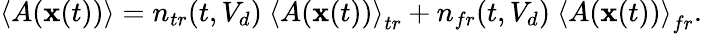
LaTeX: \left\langle A(\mathbf{x}(t))\right\rangle=n_{tr}(t,V_{d})\ \left\langle A(\mathbf{x}(t))\right\rangle_{tr}+n_{fr}(t,V_{d})\ \left\langle A(\mathbf{x}(t))\right\rangle_{fr}.